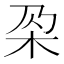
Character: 𣏻